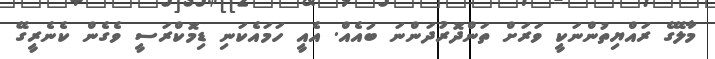
މާލޭގެ ރައްޔިތުންނަކީ ވަރަށް ތަންދޮރުދަންނަ ބައެއް. އެއީ ހަމައެކަނި ޑިމޮކްރަސީ ވެގެން ކެނެރީގޭ